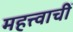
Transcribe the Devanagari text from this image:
महत्त्वाचीं